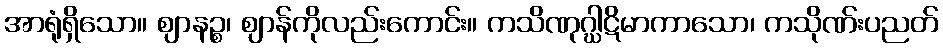
အာရုံရှိသော။ ဈာနဉ္စ၊ ဈာန်ကိုလည်းကောင်း။ ကသိဏုဂ္ဃါဋိမာကာသော၊ ကသိုဏ်းပညတ်